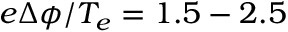
e \Delta \phi / T _ { e } = 1 . 5 - 2 . 5